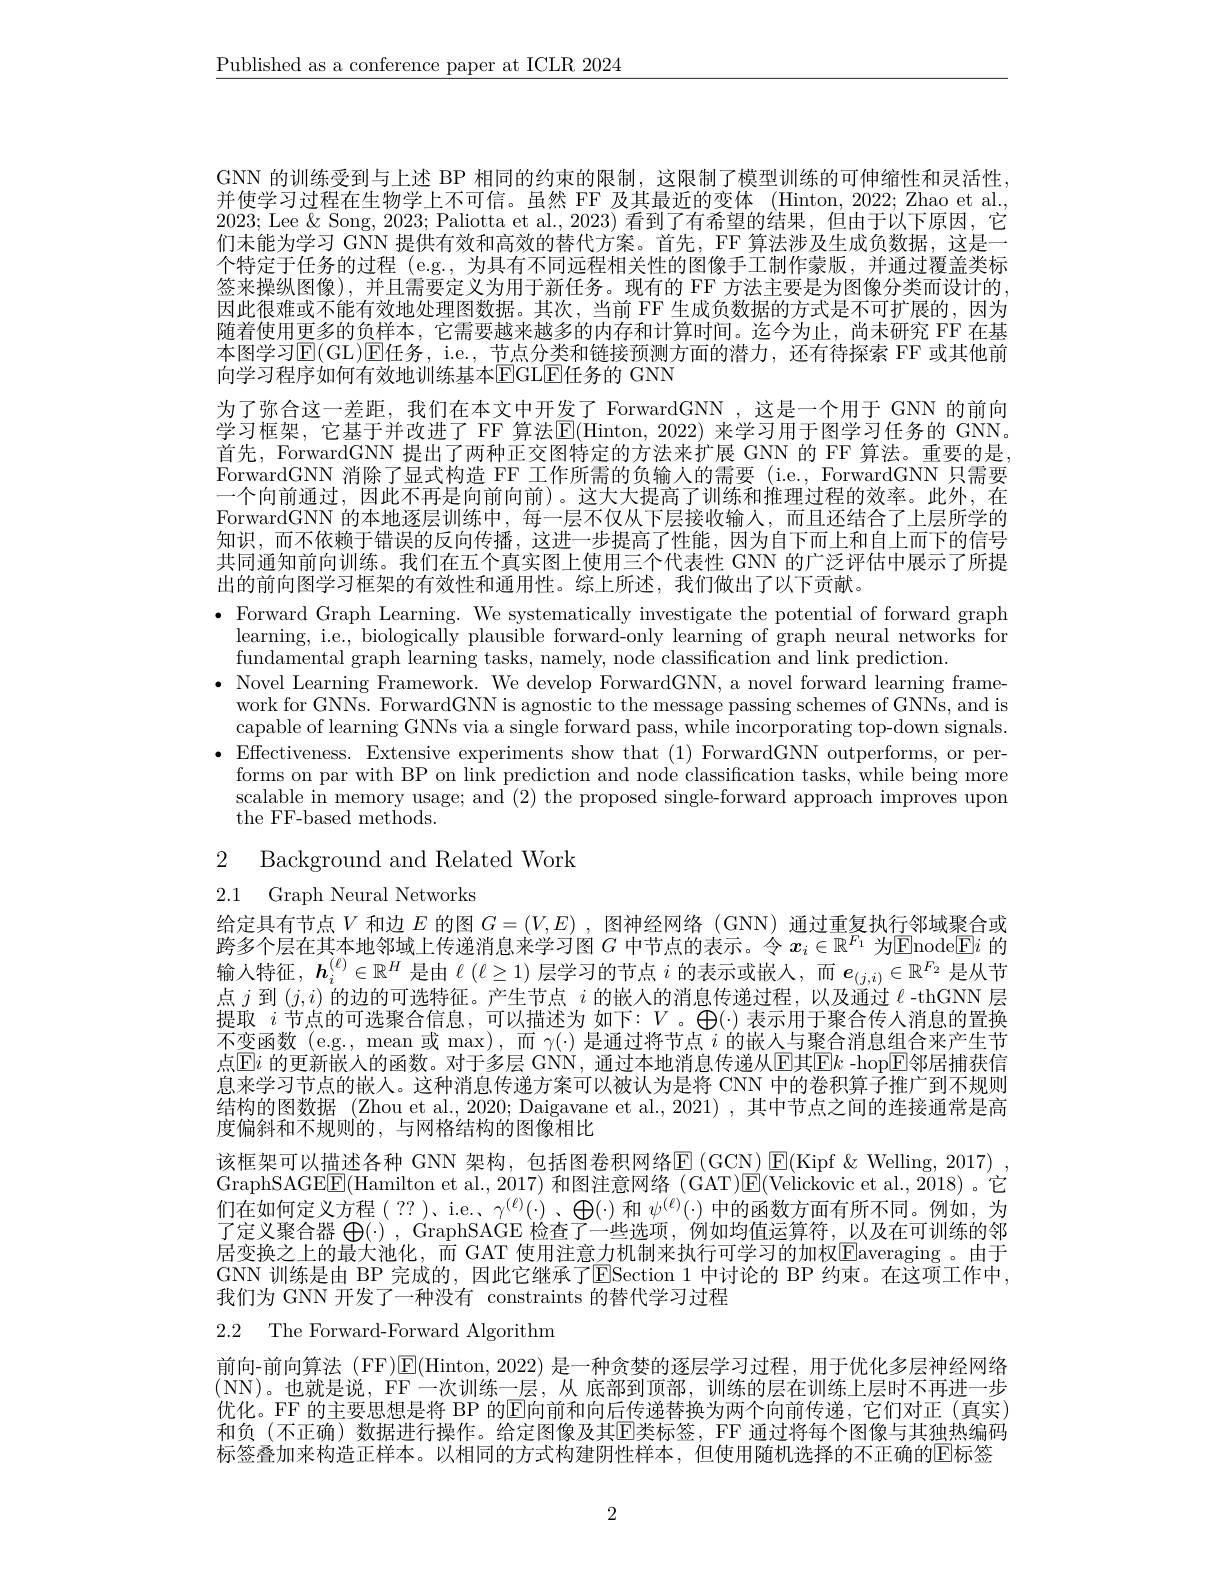
$\underline{\text{Published as a conference paper at ICLR 2024}}$

GNN 的训练受到与上述 BP 相同的约束的限制，这限制了模型训练的可伸缩性和灵活性并使学习过程在生物学上不可信。虽然 FF 及其最近的变体 (Hinton,2022;Zhao et al. 2023; Lee &Song, 2023; Paliotta et al., 2023) 看到了有希望的结果，但由于以下原因，它们未能为学习 GNN 提供有效和高效的替代方案。首先，FF 算法涉及生成负数据，这是一个特定于任务的过程 (e.g., 为具有不同远程相关性的图像手工制作蒙版，并通过覆盖类标签来操纵图像),并且需要定义为用于新任务。现有的 FF 方法主要是为图像分类而设计的， 因此很难或不能有效地处理图数据。其次，当前 FF 生成负数据的方式是不可扩展的，因为随着使用更多的负样本，它需要越来越多的内存和计算时间。迄今为止，尚未研究 FF 在基本图学习$\mathbb{E}(\operatorname{GL})$▣任务，i.e., 节点分类和链接预测方面的潜力，还有待探索 FF 或其他前向学习程序如何有效地训练基本$\operatorname{EGLE}$任务的 GNN
为了弥合这一差距，我们在本文中开发了 ForwardGNN ,这是一个用于 GNN 的前向学习框架，它基于并改进了 FF 算法$\operatorname{E}(\operatorname{Hinton,~2022})$ 来学习用于图学习任务的 GNN。首先，ForwardGNN 提出了两种正交图特定的方法来扩展 GNN 的 FF 算法。重要的是， ForwardGNN 消除了显式构造 FF 工作所需的负输人的需要 (i.e., ForwardGNN 只需要一个向前通过，因此不再是向前向前)。这大大提高了训练和推理过程的效率。此外，在ForwardGNN 的本地逐层训练中，每一层不仅从下层接收输入，而且还结合了上层所学的知识，而不依赖于错误的反向传播，这进一步提高了性能，因为自下而上和自上而下的信号共同通知前向训练。我们在五个真实图上使用三个代表性 GNN 的广泛评估中展示了所提出的前向图学习框架的有效性和通用性。综上所述，我们做出了以下贡献。
$\bullet$ Forward Graph Learning. We systematically investigate the potential of forward graph
learning, i.e., biologically plausible forward-only learning of graph neural networks for
fundamental graph learning tasks, namely, node classification and link prediction.
$\bullet$ Novel Learning Framework. We develop ForwardGN, a novel forward learning frame-
work for GNNs. ForwardGNN is agnostic to the message passing schemes of GNNs, and is capable of learning GNNs via a single forward pass, while incorporating top-down signals.
$\bullet$Effectiveness. Extensive experiments show that (1) ForwardGNN outperforms, or per-
forms on par with BP on link prediction and node classification tasks, while being more scalable in memory usage; and (2) the proposed single-forward approach improves upon the FF-based methods.

2 Background and Related Work

2.1 Graph Neural Networks

给定具有节点$V$和边$E$的图$G=(V,E)$ ,图神经网络 (GNN) 通过重复执行邻域聚合或跨多个层在其本地邻域上传递消息来学习图$G$中节点的表示。令$x_i\in\mathbb{R}^{F_1}$为$\boxed{\mathrm{E}}$node$\boxed{\mathrm{E}}i$的输人特征，$\boldsymbol{h}_i^(\ell)\in\mathbb{R}^H$是由$\ell\left(\ell\geq1\right)$层学习的节点$i$的表示或嵌入，而$\boldsymbol{e}_(j,i)\in\mathbb{R}^{F_2}$是从节点$j$到$(j,i)$的边的可选特征。产生节点$i$的嵌人的消息传递过程，以及通过$\ell$ -thGNN 层提取$i$节点的可选聚合信息，可以描述为 如下：$V$。$\bigoplus(\cdot)$表示用于聚合传人消息的置换不变函数 (e.g., mean 或$\max)$,而$\gamma(\cdot)$是通过将节点$i$的嵌人与聚合消息组合来产生节点$\operatorname{Ei}$ 的更新嵌人的函数。对于多层 GNN, 通过本地消息传递从$\operatorname{E\text{其}E}k$ -hop$\operatorname{E}$邻居捕获信息来学习节点的嵌人。这种消息传递方案可以被认为是将 CNN 中的卷积算子推广到不规则结构的图数据 (Zhou et al., 2020; Daigavane et al., 2021) , 其中节点之间的连接通常是高度偏斜和不规则的，与网格结构的图像相比
该框架可以描述各种 GNN 架构，包括图卷积网络$\underline{\mathrm{E}}\left(\mathrm{GCN}\right)\underline{\mathrm{E}}\left(\mathrm{Kipf}\&\mathrm{~Welling},2017\right)$, GraphSAGE$\boxed{\mathrm{E}}($Hamilton et al., 2017) 和图注意网络 (GAT)$\boxed{\mathrm{E}}($Velickovic et al., 2018)。它们在如何定义方程( ??)、i.e.、$\gamma^{(\ell)}(\cdot)$、$\bigoplus(\cdot)$和$\psi^{(\ell)}(\cdot)$中的函数方面有所不同。例如，为(定义聚合器 $\mathcal{H}(\cdot)$, GranhSAGE 检香了一些洗项。例如均值话算符。以及在可训练的邻居变换之上的最大池化，而 GAT 使用注意力机制来执行可学习的加权$\boxed{\mathrm{E}}$averaging。由于GNN 训练是由 BP 完成的，因此它继承了$\overline{\mathrm{E}}$Section 1 中讨论的 BP 约束。在这项工作中， 我们为 GNN 开发了一种没有 constraints 的替代学习过程

2.2 The Forward-Forward Algorithm

前向-前向算法 (FF)$\operatorname{E}($Hinton,2022)是一种贪婪的逐层学习过程，用于优化多层神经网络(NN)。也就是说，FF一次训练一层，从 底部到顶部，训练的层在训练上层时不再进一步优化。FF 的主要思想是将 BP 的$\overline{\mathrm{E}}$向前和向后传递替换为两个向前传递，它们对正(真实) 和负(不正确)数据进行操作。给定图像及其E类标签，FF 通过将每个图像与其独热编码标签叠加来构造正样本。以相同的方式构建阴性样本，但使用随机选择的不正确的回标签

2